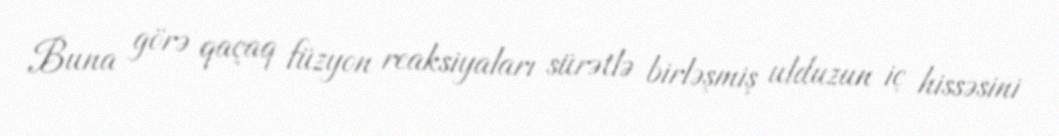
Buna görə qaçaq füzyon reaksiyaları sürətlə birləşmiş ulduzun iç hissəsini